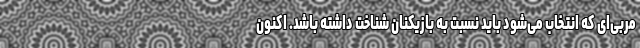
مربی‌ای که انتخاب می‌شود باید نسبت به بازیکنان شناخت داشته باشد. اکنون